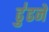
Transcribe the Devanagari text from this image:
ढु॑ढने